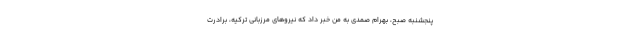
پنجشنبه صبح، بهرام صمدي به من خبر داد كه نيروهاي مرزباني تركيه، برادرت